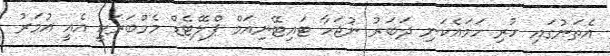
އެތަނުގައި ހުރި ހަމައެކަނި ދަބަރު ނުޖަހާ ޓައިޓޭނިއަމް ޕްލޭޓެޑް މެމްބަރަކީ އެއީ އުމަރު